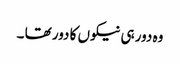
وہ دور ہی نیکوں کا دور تھا ۔